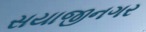
સયાજીનગર